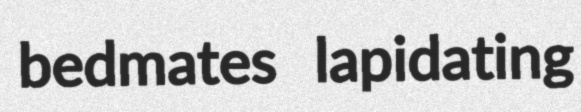
bedmates lapidating